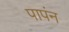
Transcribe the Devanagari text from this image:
पापंन